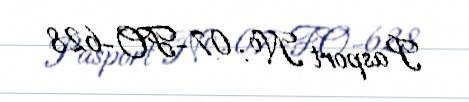
Pasport №: 07-FO-628